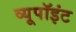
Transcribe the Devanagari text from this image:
व्यूपॉइंट